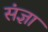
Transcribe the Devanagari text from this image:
संंज्ञा